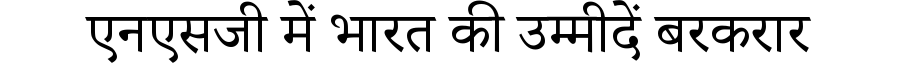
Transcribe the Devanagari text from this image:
एनएसजी में भारत की उम्मीदें बरकरार